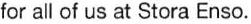
for all of us at Stora Enso.